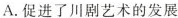
A.促进了川剧艺术的发展